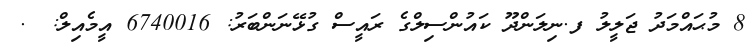
8 މުޙައްމަދު ޖަލީލު ފ.ނިލަންދޫ ކައުންސިލްގެ ރައީސް ގުޅޭނަންބަރު: 6740016 އީމެއިލް: @.